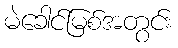
မဲခေါင်မြစ်အတွင်း